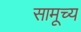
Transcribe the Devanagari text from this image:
सामूच्य